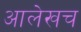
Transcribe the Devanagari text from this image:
आलेखच